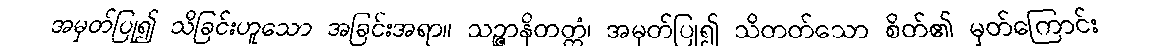
အမှတ်ပြု၍ သိခြင်းဟူသော အခြင်းအရာ။ သဉ္ဇာနိတတ္တံ၊ အမှတ်ပြု၍ သိတတ်သော စိတ်၏ မှတ်ကြောင်း